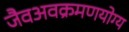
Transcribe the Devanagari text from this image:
जैवअवक्रमणयोग्य